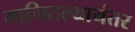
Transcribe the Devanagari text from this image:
मागितल्यानंतर